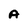
Character: A